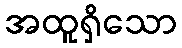
အထူရှိသော